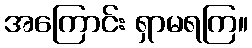
အကြောင်း ရှာမရကြ။